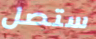
ستصل